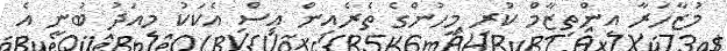
މުޒާހަރާ އިންތިޒާމް ކުރި މީހުންގެ ތެރެއިން އިސް އެކަކު މިއަދު ބުނީ އެ